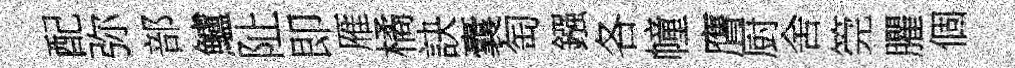
配弥部鱸阯即雁橘訣囊匋鏹各幢膺厨舍筦臞個